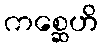
ကစ္ဆေဟိ